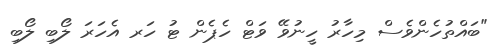
"ބައްތުހެންވެސް މިހާރު ހީނުވޭ ވަޓް ހެޕެން ޓު ހަރ އެހަރަ ލޯބި ލޯބި